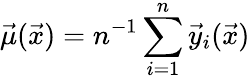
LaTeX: \vec{\mu}(\vec{x})=n^{-1}\sum_{i=1}^{n}\vec{y}_{i}(\vec{x})